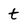
Character: t